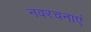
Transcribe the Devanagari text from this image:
नवरचनाएं